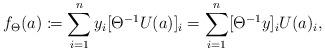
LaTeX: \begin{align*} f_\Theta(a) \coloneqq \sum_{i=1}^n y_i [\Theta^{-1} U(a)]_i = \sum_{i=1}^n [\Theta^{-1}y]_i U(a)_i,\end{align*}